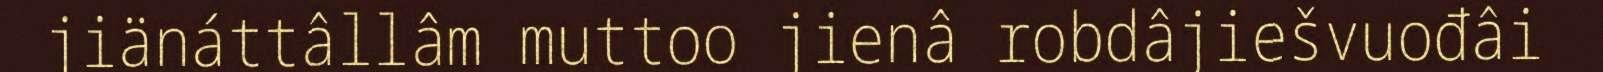
jiänáttâllâm muttoo jienâ robdâjiešvuođâi